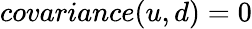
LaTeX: covariance(u,d)=0